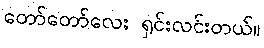
တော်တော်လေး ရှင်းလင်းတယ်။